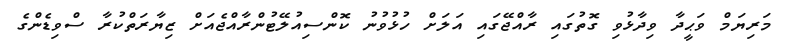
މަރިޔަމް ވަޙީދާ ވިދާޅުވި ގޮތުގައި ރާއްޖޭގައި އަލަށް ހުޅުވުނު ކޮންސިއުލޭޓުންރާއްޖެއަށް ޒިޔާރަތްކުރާ ސްވިޑެންގެ